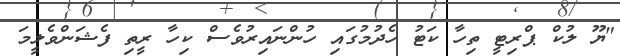
"ޔޫ ލުކް ޕްރިޓީ ތިހާ ކަޓު ހެދުމުގައި ހުންނައިރުވެސް ކިހާ ރީތި ފެޝަންވެލީމަ